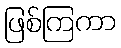
ဖြစ်ကြကာ